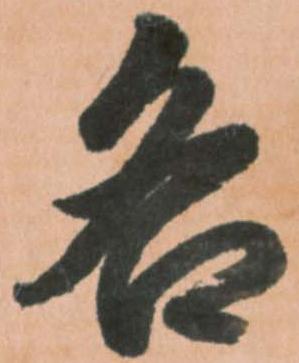
各